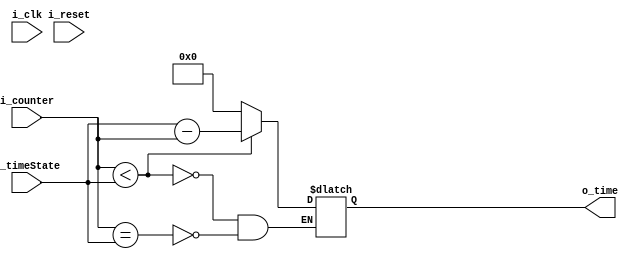
module time_comparator(
    input [4:0] i_counter,
    input [4:0] i_timeState,
    input i_reset, i_clk,
    output [4:0] o_time
    );

    reg [4:0] r_sec;
    assign o_time = r_sec;
    
    always @(*) begin
        if(i_counter < i_timeState) begin
            r_sec <= i_timeState - i_counter;
        end
        else if(i_counter == i_timeState) begin
            r_sec <= 0;
        end
    end
endmodule